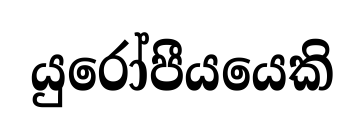
යුරෝපීයයෙකි